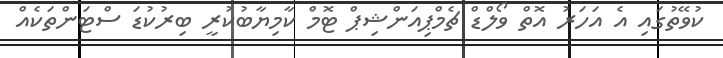
ކުވޭތުގައި އެ އަހަރު އޮތް ވޯލްޑް ޗެމްޕިއަންޝިޕް ޓޮމް ކާމިޔާބުކުރީ ބިރުކުޑަ ސްޓަންތަކެއް